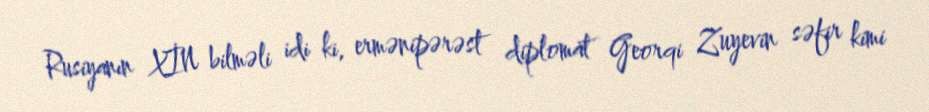
Rusiyanın XİN bilməli idi ki, ermənipərəst diplomat Georqi Zuyevin səfir kimi